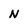
Character: N